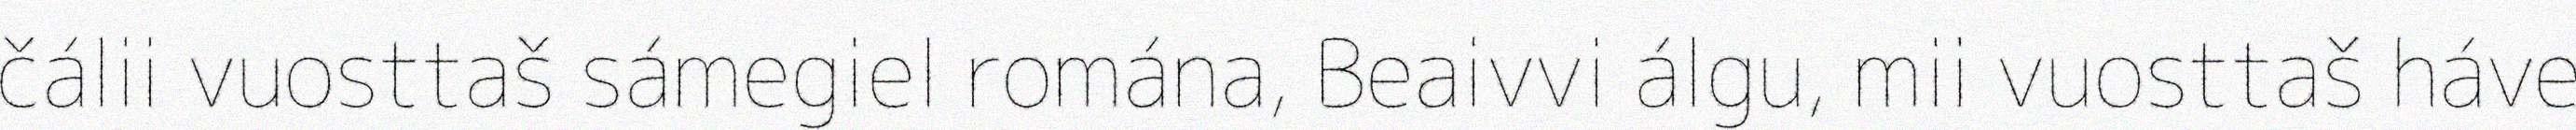
čálii vuosttaš sámegiel romána, Beaivvi álgu, mii vuosttaš háve